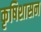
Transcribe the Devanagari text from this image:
कृषिशासन